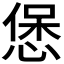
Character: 𭝱